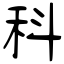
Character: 科